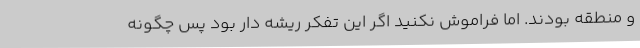
و منطقه بودند. اما فراموش نکنید اگر این تفکر ریشه دار بود پس چگونه